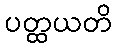
ပတ္ထယတိ